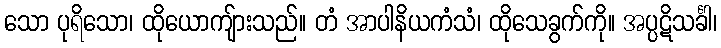
သော ပုရိသော၊ ထိုယောကျ်ားသည်။ တံ အာပါနိယကံသံ၊ ထိုသေခွက်ကို။ အပ္ပဋိသင်္ခါ၊